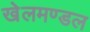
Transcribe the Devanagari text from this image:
खेलमण्डल